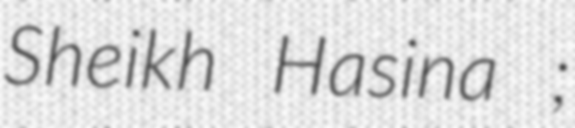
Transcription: Sheikh Hasina ;